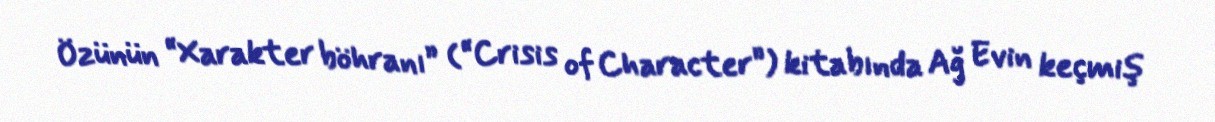
Özünün “Xarakter böhranı” (“Crisis of Character”) kitabında Ağ Evin keçmiş